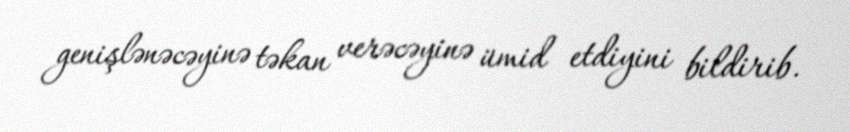
genişlənəcəyinə təkan verəcəyinə ümid etdiyini bildirib.